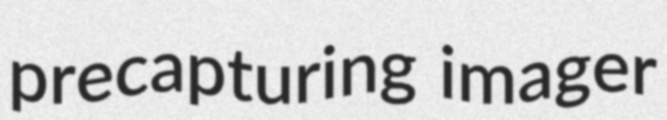
precapturing imager